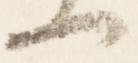
一